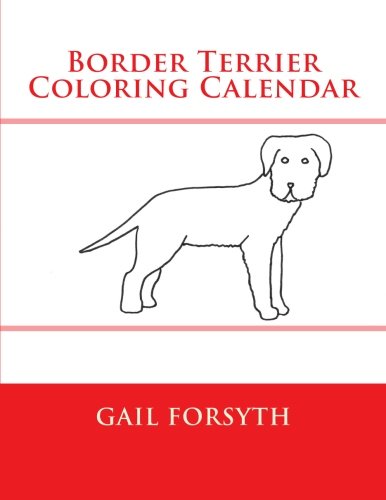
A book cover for Border Terrier Coloring Calendar; Gail Forsyth; Calendars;